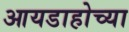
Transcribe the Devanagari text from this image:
आयडाहोच्या